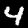
Digit: 4